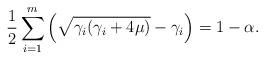
LaTeX: \begin{align*} \frac{1}{2}\sum_{i=1}^m \left(\sqrt{\gamma_i(\gamma_i+4\mu)}-\gamma_i\right) = 1-\alpha. \end{align*}